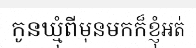
កូនឃ្មុំពីមុនមកក៏ខ្ញុំអត់